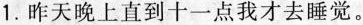
1.昨天晚上直到十一点我才去睡觉。